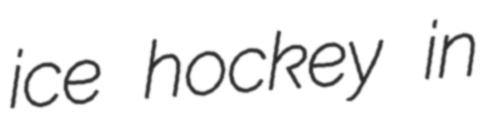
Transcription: ice hockey in